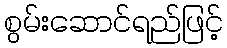
စွမ်းဆောင်ရည်ဖြင့်